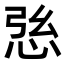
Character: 𢙰